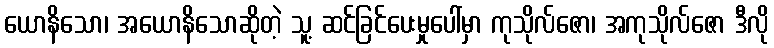
ယောနိသော၊ အယောနိသောဆိုတဲ့ သူ့ ဆင်ခြင်ပေးမှုပေါ်မှာ ကုသိုလ်ဇော၊ အကုသိုလ်ဇော ဒီလို